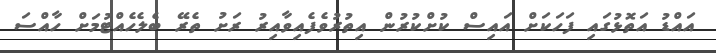
އައްޑު އަތޮޅުގައި ފަހަކަށް އައިސް ކުށްކުރުން އިތުރުވެފެއިވާއިރު ރަށު ތެރޭ ބެލެހެއްޓުމަށް ހާއްސަ